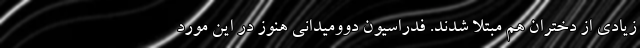
زیادی از دختران هم مبتلا شدند. فدراسیون دوومیدانی هنوز در این مورد